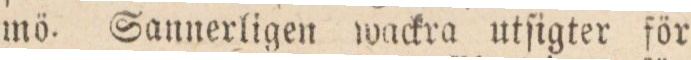
mö. Sannerligen wackra utſigter för